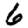
Digit: 6